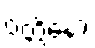
ဝတ္တိနော